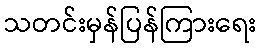
သတင်းမှန်ပြန်ကြားရေး